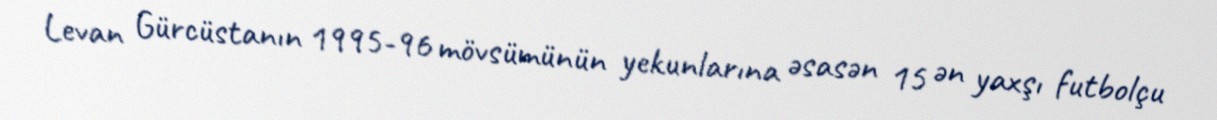
Levan Gürcüstanın 1995-96 mövsümünün yekunlarına əsasən 15 ən yaxşı futbolçu